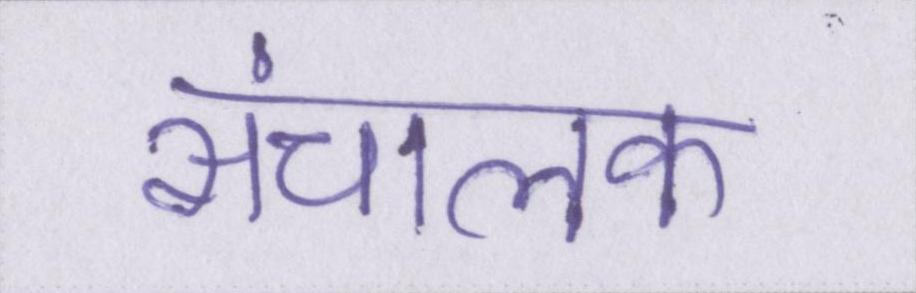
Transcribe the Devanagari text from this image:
संचालक